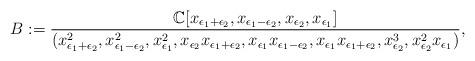
LaTeX: \begin{align*} B:=\frac{\mathbb{C}[x_{\epsilon_1+\epsilon_2},x_{\epsilon_1-\epsilon_2}, x_{\epsilon_2},x_{\epsilon_1}]}{( x_{\epsilon_1+\epsilon_2}^2, x_{\epsilon_1-\epsilon_2}^2,x_{\epsilon_1}^2,x_{\epsilon_2} x_{\epsilon_1+\epsilon_2}, x_{\epsilon_1} x_{\epsilon_1-\epsilon_2}, x_{\epsilon_1} x_{\epsilon_1+\epsilon_2},x_{\epsilon_2}^3, x_{\epsilon_2}^2 x_{\epsilon_1})}, \end{align*}